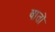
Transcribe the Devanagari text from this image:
वातों